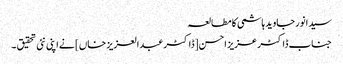
سیدانورجاوید ہاشمی کا مطالعہ
جناب ڈاکٹر عزیز احسن [ڈاکٹرعبدالعزیز خاں] نے اپنی نئی تحقیق ۔